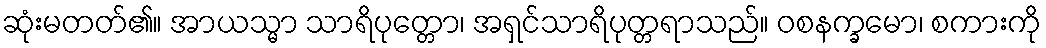
ဆုံးမတတ်၏။ အာယသ္မာ သာရိပုတ္တော၊ အရှင်သာရိပုတ္တရာသည်။ ဝစနက္ခမော၊ စကားကို